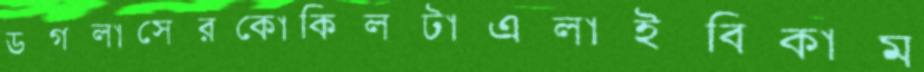
ডগলাসেরকোকিলটাএলাইবিকাম